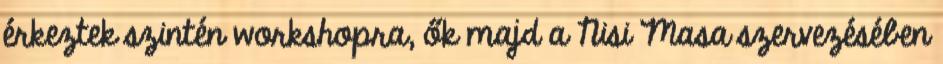
érkeztek szintén workshopra, ők majd a Nisi Masa szervezésében